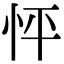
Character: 怦